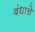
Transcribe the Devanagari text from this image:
बंधाचे